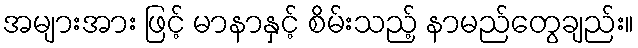
အများအား ဖြင့် မာနာနှင့် စိမ်းသည့် နာမည်တွေချည်း။